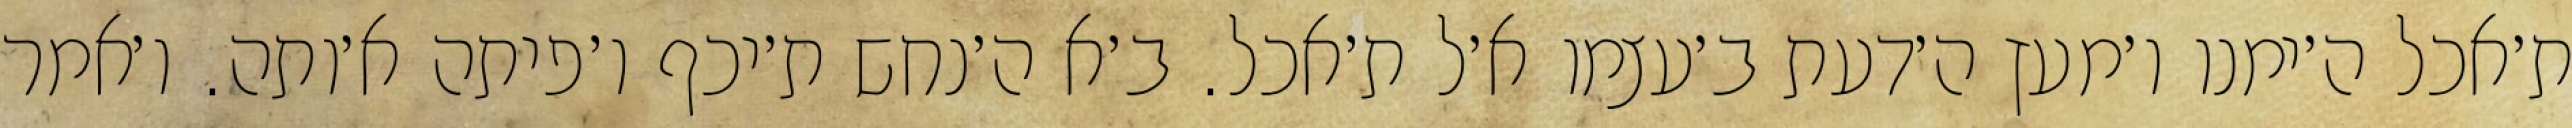
ת׳אכל ה׳ימנו ו׳מעץ ה׳דעת ב׳עצמו א׳ל ת׳אכל. ב׳א ה׳נחש ת׳יכף ו׳פיתה א׳ותה. ו׳אמר